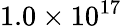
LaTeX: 1.0\times 10^{17}